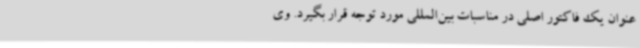
عنوان یک فاکتور اصلی در مناسبات بین‌المللی مورد توجه قرار بگیرد. وی